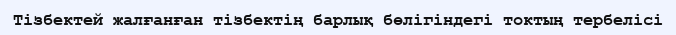
Тізбектей жалғанған тізбектің барлық бөлігіндегі токтың тербелісі